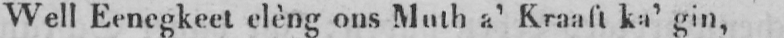
Well Eenegkeet elèng ons Muth a’ Kraaft ka’ gin,